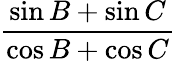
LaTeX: \frac{\sin B+\sin C}{\cos B+\cos C}